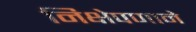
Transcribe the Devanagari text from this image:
निक्षेपणाने